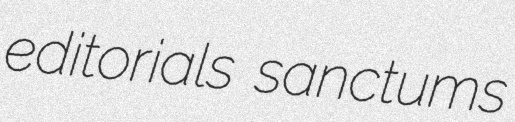
editorials sanctums